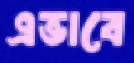
এভাবে